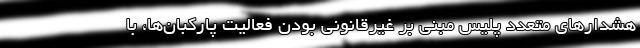
هشدار‌های متعدد پلیس مبنی بر غیرقانونی بودن فعالیت پارکبان‌ها، با